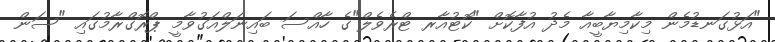
"އަޅުގަނޑުމެން މިކާމިޔާބީއާ މެދު އުފާކޮށް "ކޮޓުއާރ ޓްރެވެލް"ގެ ހާއްސަ ބައިނަލްއަގުވާމީ ޕްރޮގްރާމުގައި "ސަން